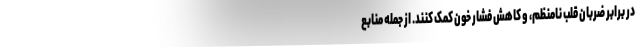
در برابر ضربان قلب نامنظم، و کاهش فشار خون کمک کنند. از جمله منابع